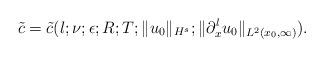
LaTeX: \begin{align*} \tilde{c} = \tilde{c}(l; \nu; \epsilon; R; T; \|u_0\|_{H^s}; \|\partial_x^lu_0\|_{L^2(x_0,\infty)}).\end{align*}